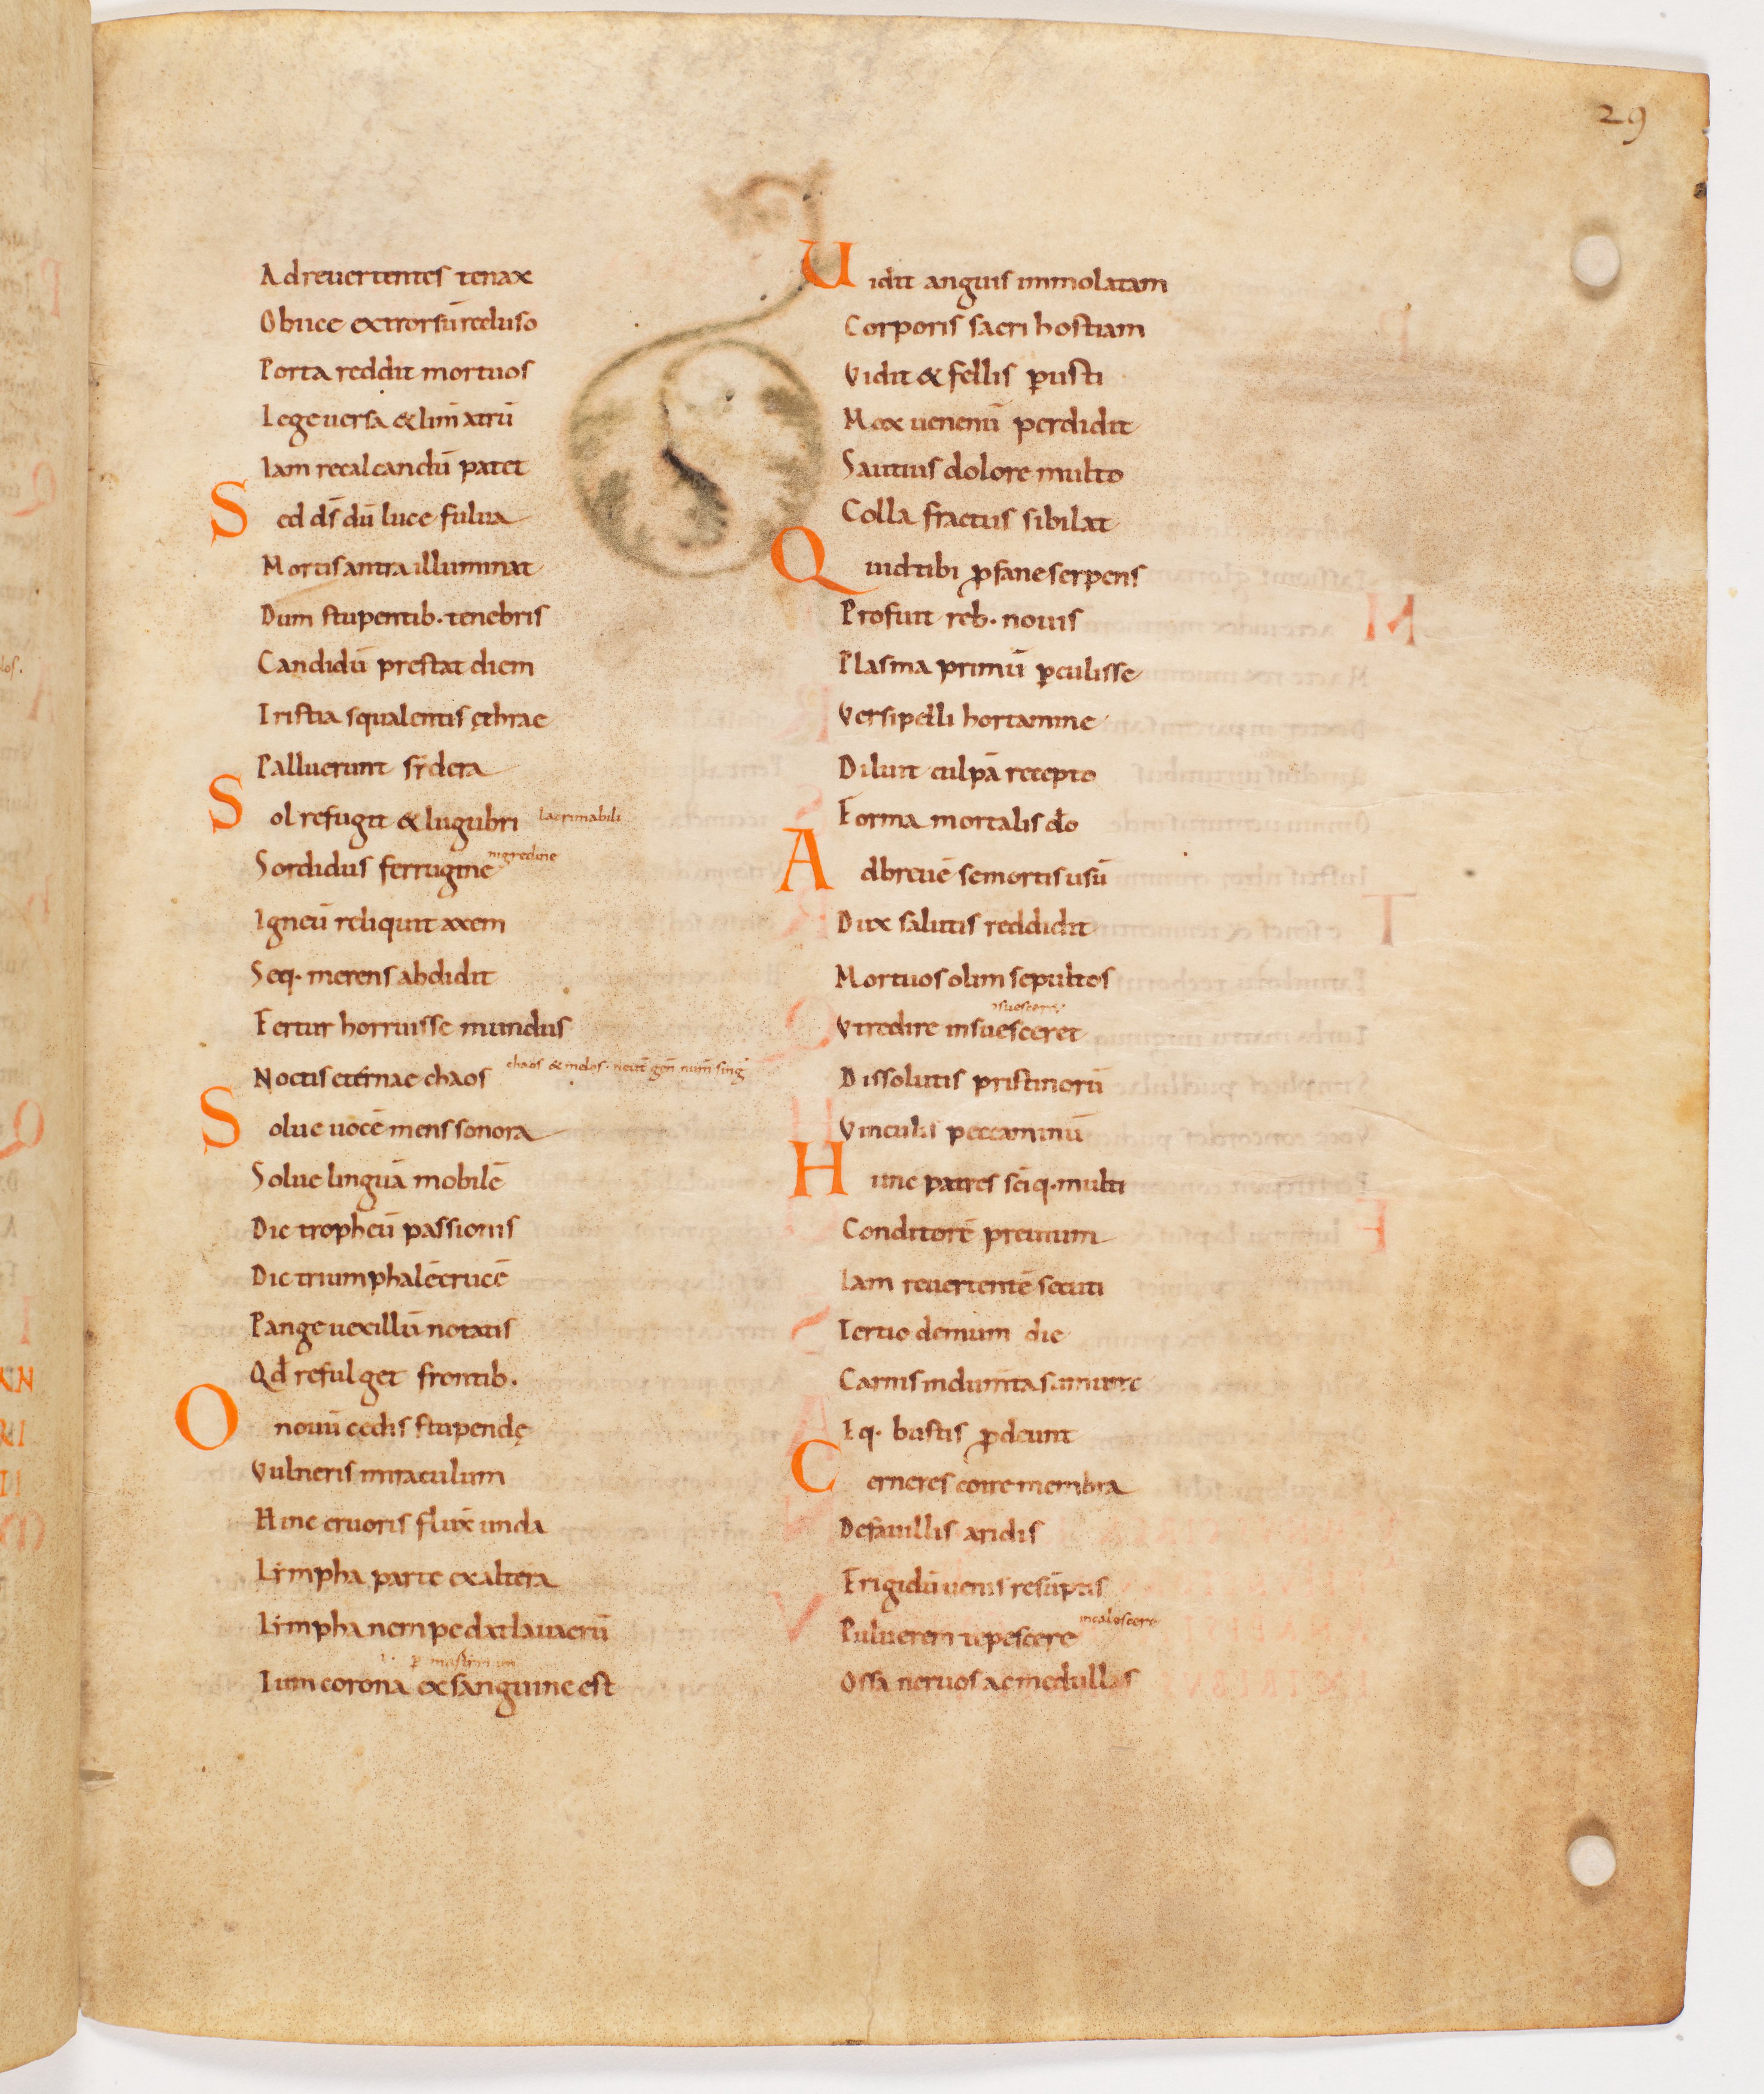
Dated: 885–915